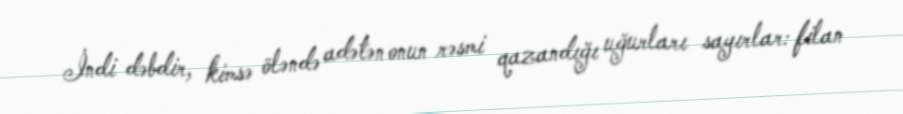
İndi dəbdir, kimsə öləndə adətən onun rəsmi qazandığı uğurları sayırlar: filan